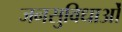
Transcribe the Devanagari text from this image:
जनसुविधाओं